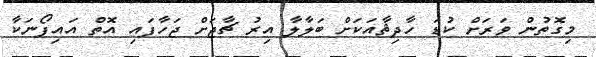
މިގޮތުން ވަރަށް ކުޑަ ހާދިޘާއަކަށް ބަލާލާ އިރު ޗާޖަށް ޖަހާފައި އޮތް އައިފޯނަކާ